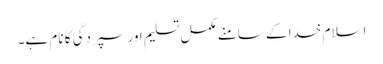
اسلام خدا کے سامنے مکمل تسلیم اور سپردگی کا نام ہے۔